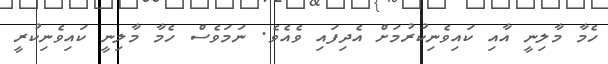
ހެމާ މާލިނީ އާއި ކައިވެނިކުރުމަށް އެދިފައި ވެއެވެ. ނަމަވެސް ހެމާ މާލިނީ ކައިވެނިކުރީ